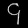
Digit: ၄